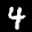
Label: 4